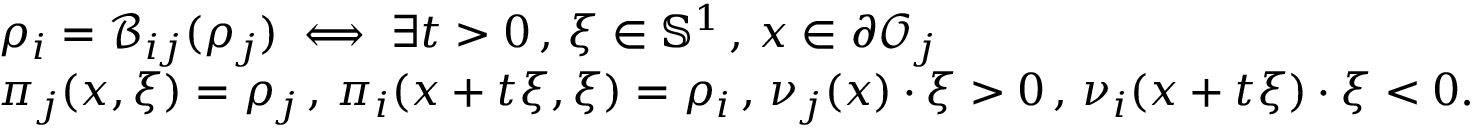
\begin{array} { r l } & { \rho _ { i } = \mathcal { B } _ { i j } ( \rho _ { j } ) \iff \exists t > 0 \, , \, \xi \in \mathbb { S } ^ { 1 } \, , \, x \in \partial \mathcal { O } _ { j } } \\ & { \pi _ { j } ( x , \xi ) = \rho _ { j } \, , \, \pi _ { i } ( x + t \xi , \xi ) = \rho _ { i } \, , \, \nu _ { j } ( x ) \cdot \xi > 0 \, , \, \nu _ { i } ( x + t \xi ) \cdot \xi < 0 . } \end{array}